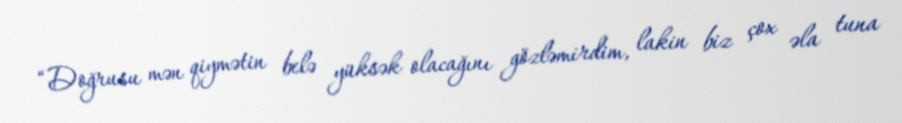
“Doğrusu mən qiymətin belə yüksək olacağını gözləmirdim, lakin biz çox əla tuna